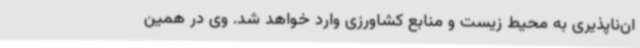
ان‌ناپذیری به محیط زیست و منابع کشاورزی وارد خواهد شد. وی در همین